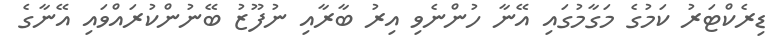
ޑިރެކްޓަރު ކަމުގެ މަގާމުގައި އޭނާ ހުންނެވި އިރު ބާރާއި ނުފޫޒު ބޭނުންކުރައްވައި އޭނާގެ